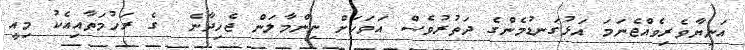
އަނިޔާވެރިވެއްޖެނަމަ އަޅުގަނޑުމެންގެ ދަތުރުވެސް އަވަހަށް ނިންމާލަން ޖެހިދާނެ  ގެ ރަހުމަތާއިއެކު މިއީ